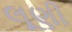
લૂણી